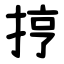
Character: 㧸